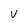
Character: V